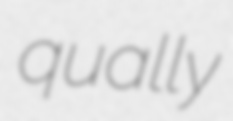
qually